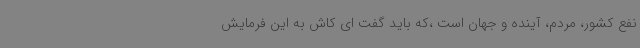
نفع کشور، مردم، آینده و جهان است ،که باید گفت ای کاش به این فرمایش